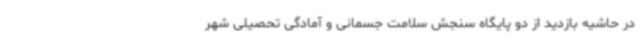
در حاشیه بازدید از دو پایگاه سنجش سلامت جسمانی و آمادگی تحصیلی شهر